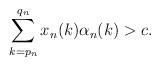
LaTeX: \begin{align*}\sum_{k=p_{n}}^{q_{n}}x_{n}(k)\alpha_{n}(k)>c.\end{align*}